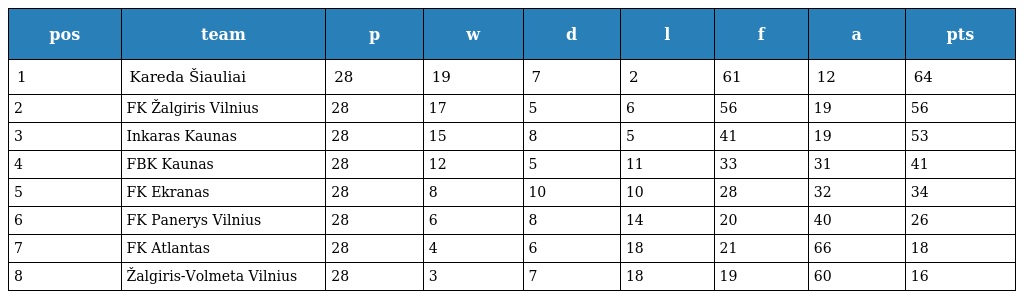
| pos | team | p | w | d | l | f | a | pts |
 | --- | --- | --- | --- | --- | --- | --- | --- | --- |
 | 1 | Kareda Šiauliai | 28 | 19 | 7 | 2 | 61 | 12 | 64 |
 | 2 | FK Žalgiris Vilnius | 28 | 17 | 5 | 6 | 56 | 19 | 56 |
 | 3 | Inkaras Kaunas | 28 | 15 | 8 | 5 | 41 | 19 | 53 |
 | 4 | FBK Kaunas | 28 | 12 | 5 | 11 | 33 | 31 | 41 |
 | 5 | FK Ekranas | 28 | 8 | 10 | 10 | 28 | 32 | 34 |
 | 6 | FK Panerys Vilnius | 28 | 6 | 8 | 14 | 20 | 40 | 26 |
 | 7 | FK Atlantas | 28 | 4 | 6 | 18 | 21 | 66 | 18 |
 | 8 | Žalgiris-Volmeta Vilnius | 28 | 3 | 7 | 18 | 19 | 60 | 16 |